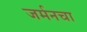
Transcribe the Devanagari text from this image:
जर्मनचा